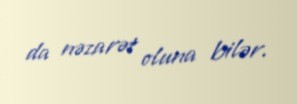
da nəzarət oluna bilər.